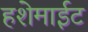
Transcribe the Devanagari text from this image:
हशेमाईट